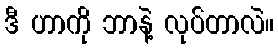
ဒီ ဟာကို ဘာနဲ့ လုပ်တာလဲ။